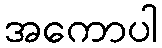
အကောပါ